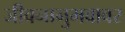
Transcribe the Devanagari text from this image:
जीवनानुभवावर